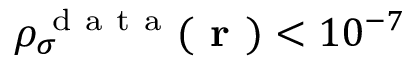
\rho _ { \sigma } ^ { \mathrm { ~ d ~ a ~ t ~ a ~ } } ( \boldsymbol { \textbf { r } } ) < 1 0 ^ { - 7 }